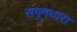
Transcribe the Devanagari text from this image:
सगुणधारा